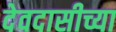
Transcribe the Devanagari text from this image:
देवदासीच्या